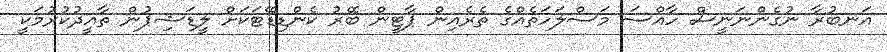
އަނބުރާ ނުގެންނަނީސް ހާއްސަ މަސްލަހަތެއްގެ ތެރެއިން ޕާޓީން ބޭރު ކެންޑިޑޭޓަކަށް ލީޑަޝިޕުން ތާއީދުކުރުމަކީ